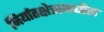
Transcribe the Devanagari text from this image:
निर्यातक्षेत्रामधील